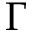
\Gamma